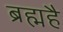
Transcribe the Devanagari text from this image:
ब्रह्महै